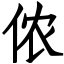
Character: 侬